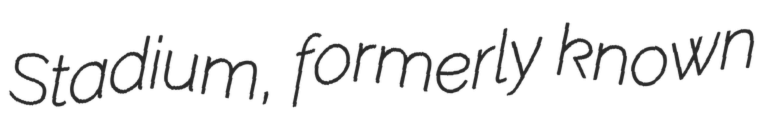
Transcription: Stadium, formerly known